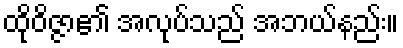
ထိုဝိဇ္ဇာ၏ အလုပ်သည် အဘယ်နည်း။